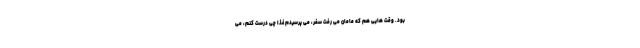
بود. وقت هایی هم که مامان می رفت سفر، می پرسیدم غذا چی درست کنم، می